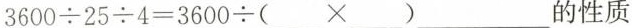
$$3600 \div 25 \div 4=3600 \div (___\times ___)$$___的性质